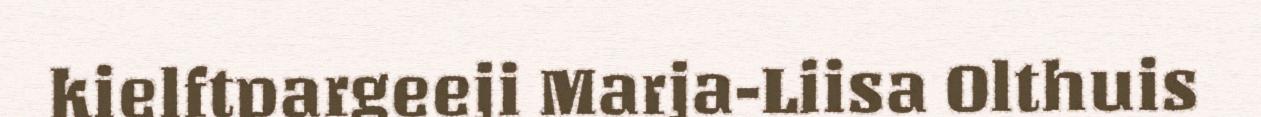
kielftpargeeji Marja-Liisa Olthuis